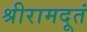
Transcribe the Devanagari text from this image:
श्रीरामदूतं